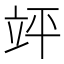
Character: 𮄪